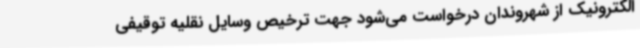
الکترونیک از شهروندان درخواست می‌شود جهت ترخیص وسایل نقلیه توقیفی